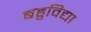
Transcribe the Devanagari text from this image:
बहुविद्या